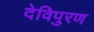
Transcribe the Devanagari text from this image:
देविपुरण